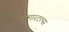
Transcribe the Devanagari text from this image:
इम्मारटल्स